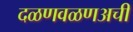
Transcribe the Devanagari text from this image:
दळणवळणअची